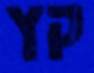
קץ